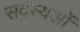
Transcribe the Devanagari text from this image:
सदस्यओं